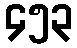
၄၅၃